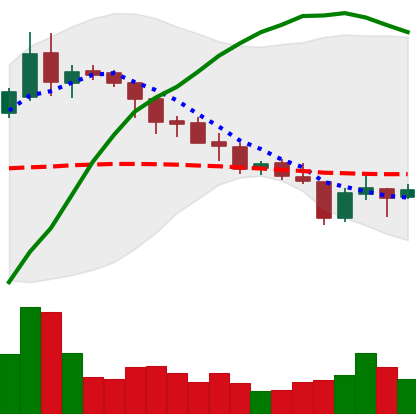
Ticker: XLM-USD
Chart end date: 2018-08-12
Forward return: 6.493%
Label: up_5_7